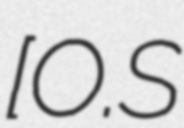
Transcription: [O.S